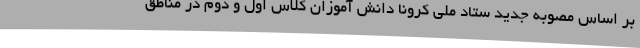
بر اساس مصوبه جدید ستاد ملی کرونا دانش آموزان کلاس اول و دوم در مناطق